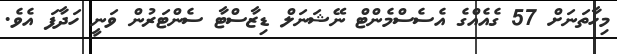
މިހާތަނަށް 57 ގެއެއްގެ އެސެސްމެންޓް ނޭޝަނަލް ޑިޒާސްޓާ ސެންޓަރުން ވަނީ ހަދާފަ އެވެ.